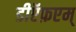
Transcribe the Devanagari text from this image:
डीऍफ़एम्